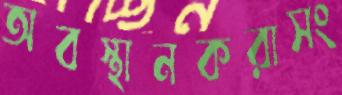
অবস্থানকরাসং